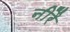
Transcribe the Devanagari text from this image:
नीरै